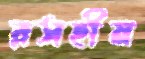
রসহীন